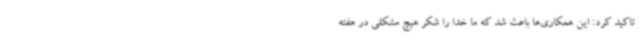
تاکید کرد: این همکاری‌ها باعث شد که ما خدا را شکر هیچ مشکلی در هفته